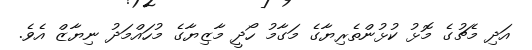
އަދި މެޗުގެ މޮޅު ކުޅުންތެރިޔާގެ މަގާމު ހޯދީ މާޒިޔާގެ މުހައްމަދު ނިޔާޒް އެވެ.